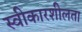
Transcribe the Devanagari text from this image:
स्वीकारशीलता